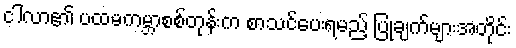
ငါလာ၏ ပထမကမ္ဘာစစ်တုန်းက စာသင်ပေးရမည့် ပြုချက်များအတိုင်း